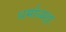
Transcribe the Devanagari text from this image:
धर्माध्यक्षः